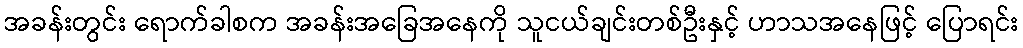
အခန်းတွင်း ရောက်ခါစက အခန်းအခြေအနေကို သူငယ်ချင်းတစ်ဦးနှင့် ဟာသအနေဖြင့် ပြောရင်း